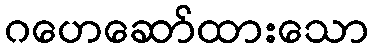
ဂဟေဆော်ထားသော